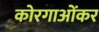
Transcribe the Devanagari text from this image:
कोरगाओंकर